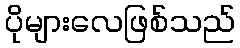
ပိုများလေဖြစ်သည်